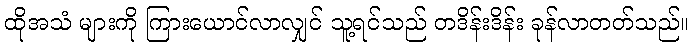
ထိုအသံ များကို ကြားယောင်လာလျှင် သူ့ရင်သည် တဒိန်းဒိန်း ခုန်လာတတ်သည်။